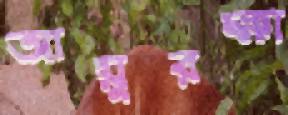
আয়ুরক্ষা